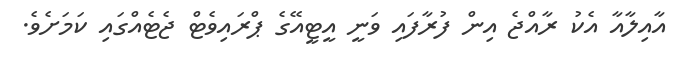
އާއިލާއާ އެކު ރާއްޖެ އިން ފުރާފައި ވަނީ އީޓީއޭގެ ޕްރައިވެޓް ޖެޓެއްގައި ކަމަށެވެ.